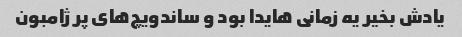
یادش بخیر یه زمانی هایدا بود و ساندویچ‌های پر ژامبون